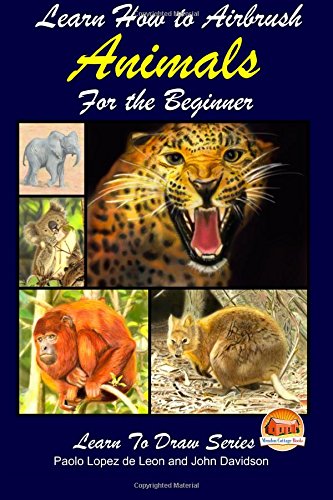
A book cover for Learn How to Airbrush Animals For the Beginner; John Davidson; Arts & Photography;